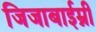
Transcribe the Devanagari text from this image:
जिजाबाईम्नी